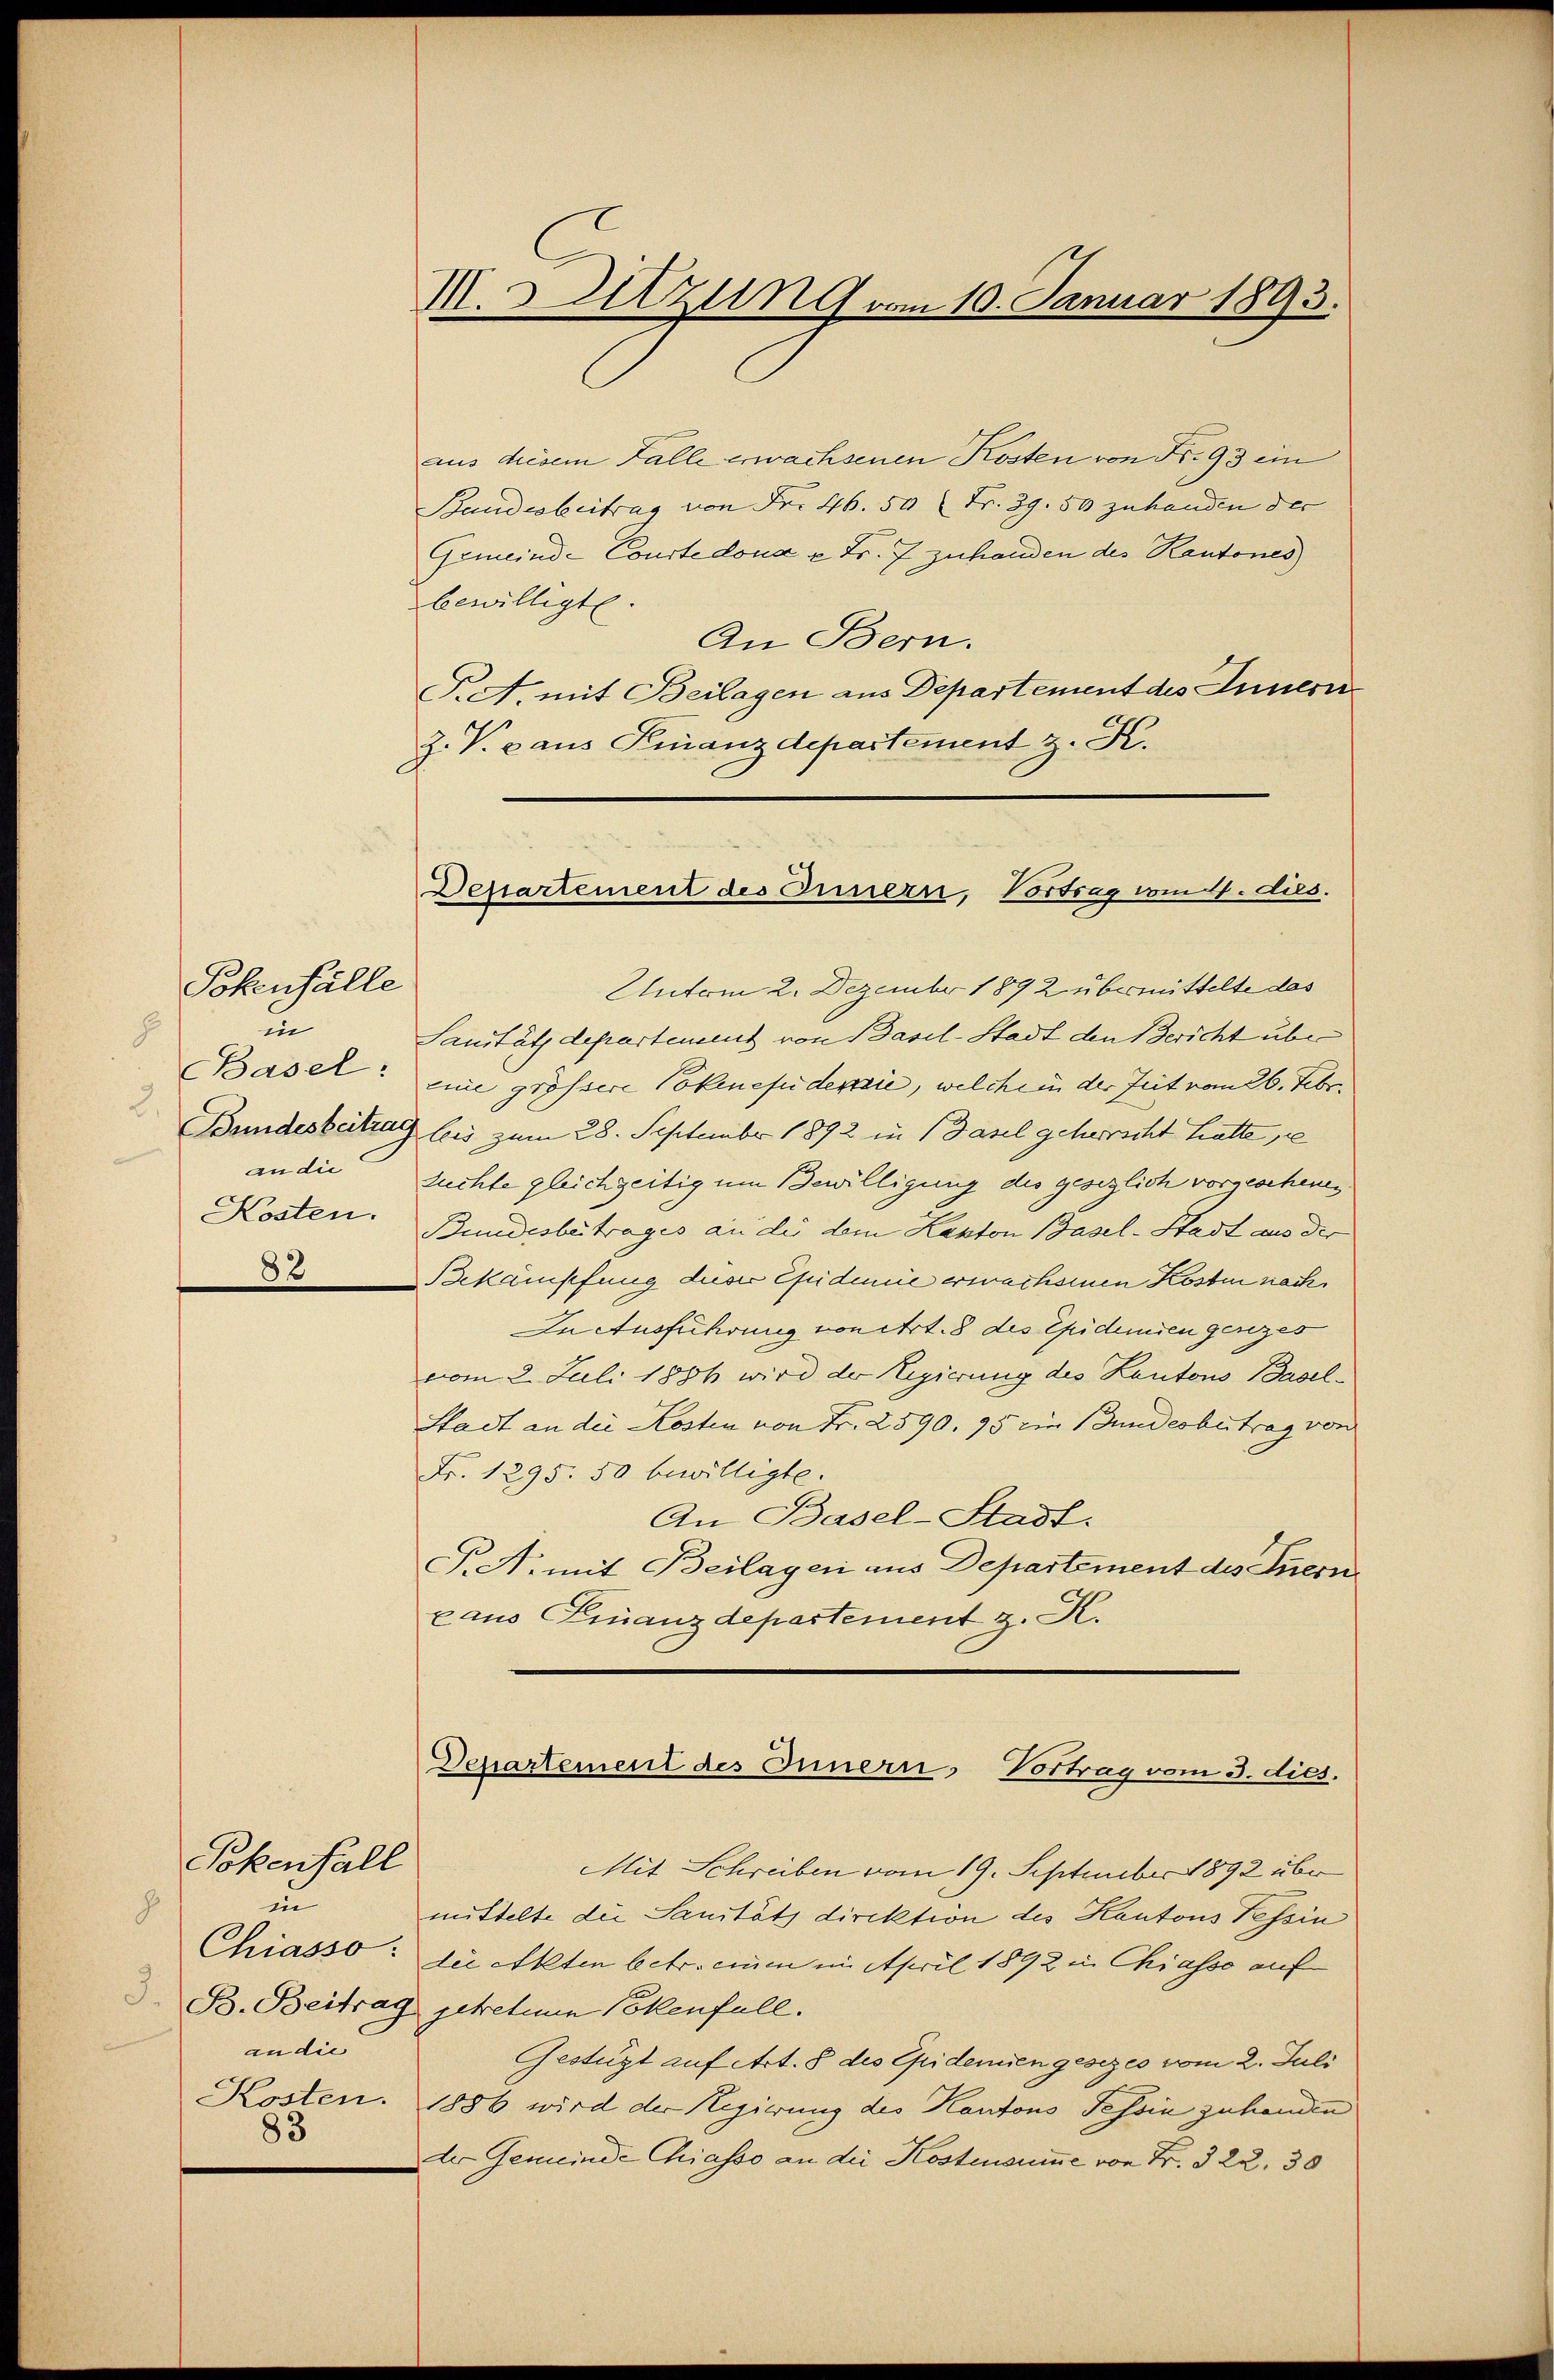
Pokenfälle
E
in
an die
Kosten.

8x

aus diesem Falle erwachsenen Kosten von Nr. 93 ein
Bundesbeitrag von Fr. 46. 50 Fr. 39. 50 zuhanden der
Gemeind-Courtedona u Fr. 7 zuhanden des Kantones
bewilligte.
An Bern.
F. A. mit Beilagen aus Departement des Innerer
Z. V. aus Finanzdepartement z. K.
Untom 2. Dezember 1892 übermittelte das
Sanität departement von Basel-Stadt den Bericht über
Basel: eine grössere Pokenefidemie, welche in der Zeit vom 26. Febr.
Bundesbeitrag leis zum 28. September 1892 in Basel geherrscht hatte pe
Zuchte gleichzeitig um Bewilligung des gesezlich vorgeschenen.
Bundesbeitrages an die dem Kanton Basel-Stadt aus der
Bekämpfung dieser Epidemie erwachernen Kosten nach
In Ausführung von Art. 8 des Epidemien genzes
vom 2. Juli 1886 wird der Regierung des Kantons Basel¬
Stadt an die Kosten von Fr. 2890. 95 ein Bundesbetrag von
Fr. 1295. 50 bewilligte.
An Basel-Stadt.
P.A. mit Beilagen aus Departement des Innern
xaus Finanzdepartement z. K.
Departement des Innern, Vortrag vom 3. dies.
Mit Schreiben vom 19. September 1892 über
mittelte die Sanitäts direktion des Kantons Tessin
Chiasso: die Akten betr. einen in April 1892 in Chiasso auf
. B. Beitrag getretum Bokenfall.
Gestüzt auf Art. 8 des Epidemien gesezes vom 2. Juli
Kosten. 1886 wird der Regierung des Kantons Tessin zuhanden
der Gemeinde Chiasso an die Kostensumme von Fr. 322. 30

Pokenfall
un
.
an die
83

I. Setzung vom 10. Januar 1893.

Departement des Innern, Vortrag vom 4. dies.